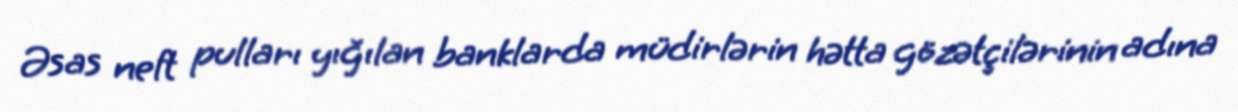
Əsas neft pulları yığılan banklarda müdirlərin hətta gözətçilərinin adına